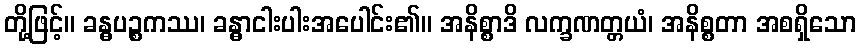
တို့ဖြင့်။ ခန္ဓပဉ္စကဿ၊ ခန္ဓာငါးပါးအပေါင်း၏။ အနိစ္စာဒိ လက္ခဏတ္တယံ၊ အနိစ္စတာ အစရှိသော